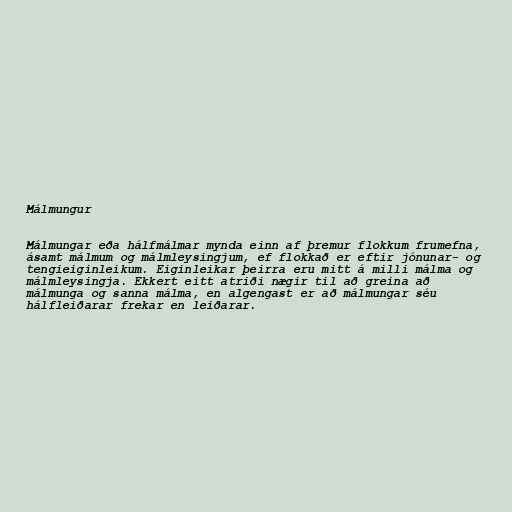
Málmungur

Málmungar eða hálfmálmar mynda einn af þremur flokkum frumefna,
ásamt málmum og málmleysingjum, ef flokkað er eftir jónunar- og
tengieiginleikum. Eiginleikar þeirra eru mitt á milli málma og
málmleysingja. Ekkert eitt atriði nægir til að greina að
málmunga og sanna málma, en algengast er að málmungar séu
hálfleiðarar frekar en leiðarar.